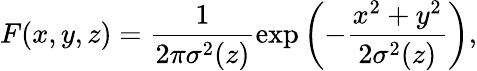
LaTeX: F(x,y,z)=\frac{1}{2\pi\sigma^{2}(z)}\exp\left(-\frac{x^{2}+y^{2}}{2\sigma^{2}(z)}\right),